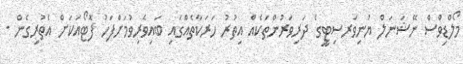
މޯލްޑިވްސް ނޭޝަނަލް ޔުނިވަރސިޓީގެ ދަރިވަރުންތަކެއް އިތުރު ހަރަކާތެއްގައި ބައިވެރިވުމަށްފަހު ފޮޓޯއަކަށް އެތުރިގެން -